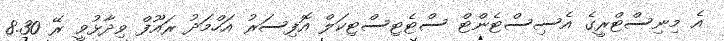
އެ މިނިސްޓްރީގެ އެސިސްޓެންޓް ސްޓެޓިސްޓިކަލް އޮފިސަރު އަހްމަދު ރައޫފް ވިދާޅުވީ ރޭ 8.30